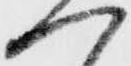
ヘ